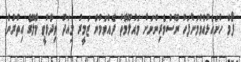
ފޯމް ހުށަހެޅުއްވުމަށްފަހު ނޫސްވެރިންނަށް މައުލޫމާތު ދެއްވަމުން ޒަމީރު މިއަދު ވިދާޅުވީ މާލޭގެ އިތުރުން